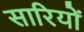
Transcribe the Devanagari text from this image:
सारियों